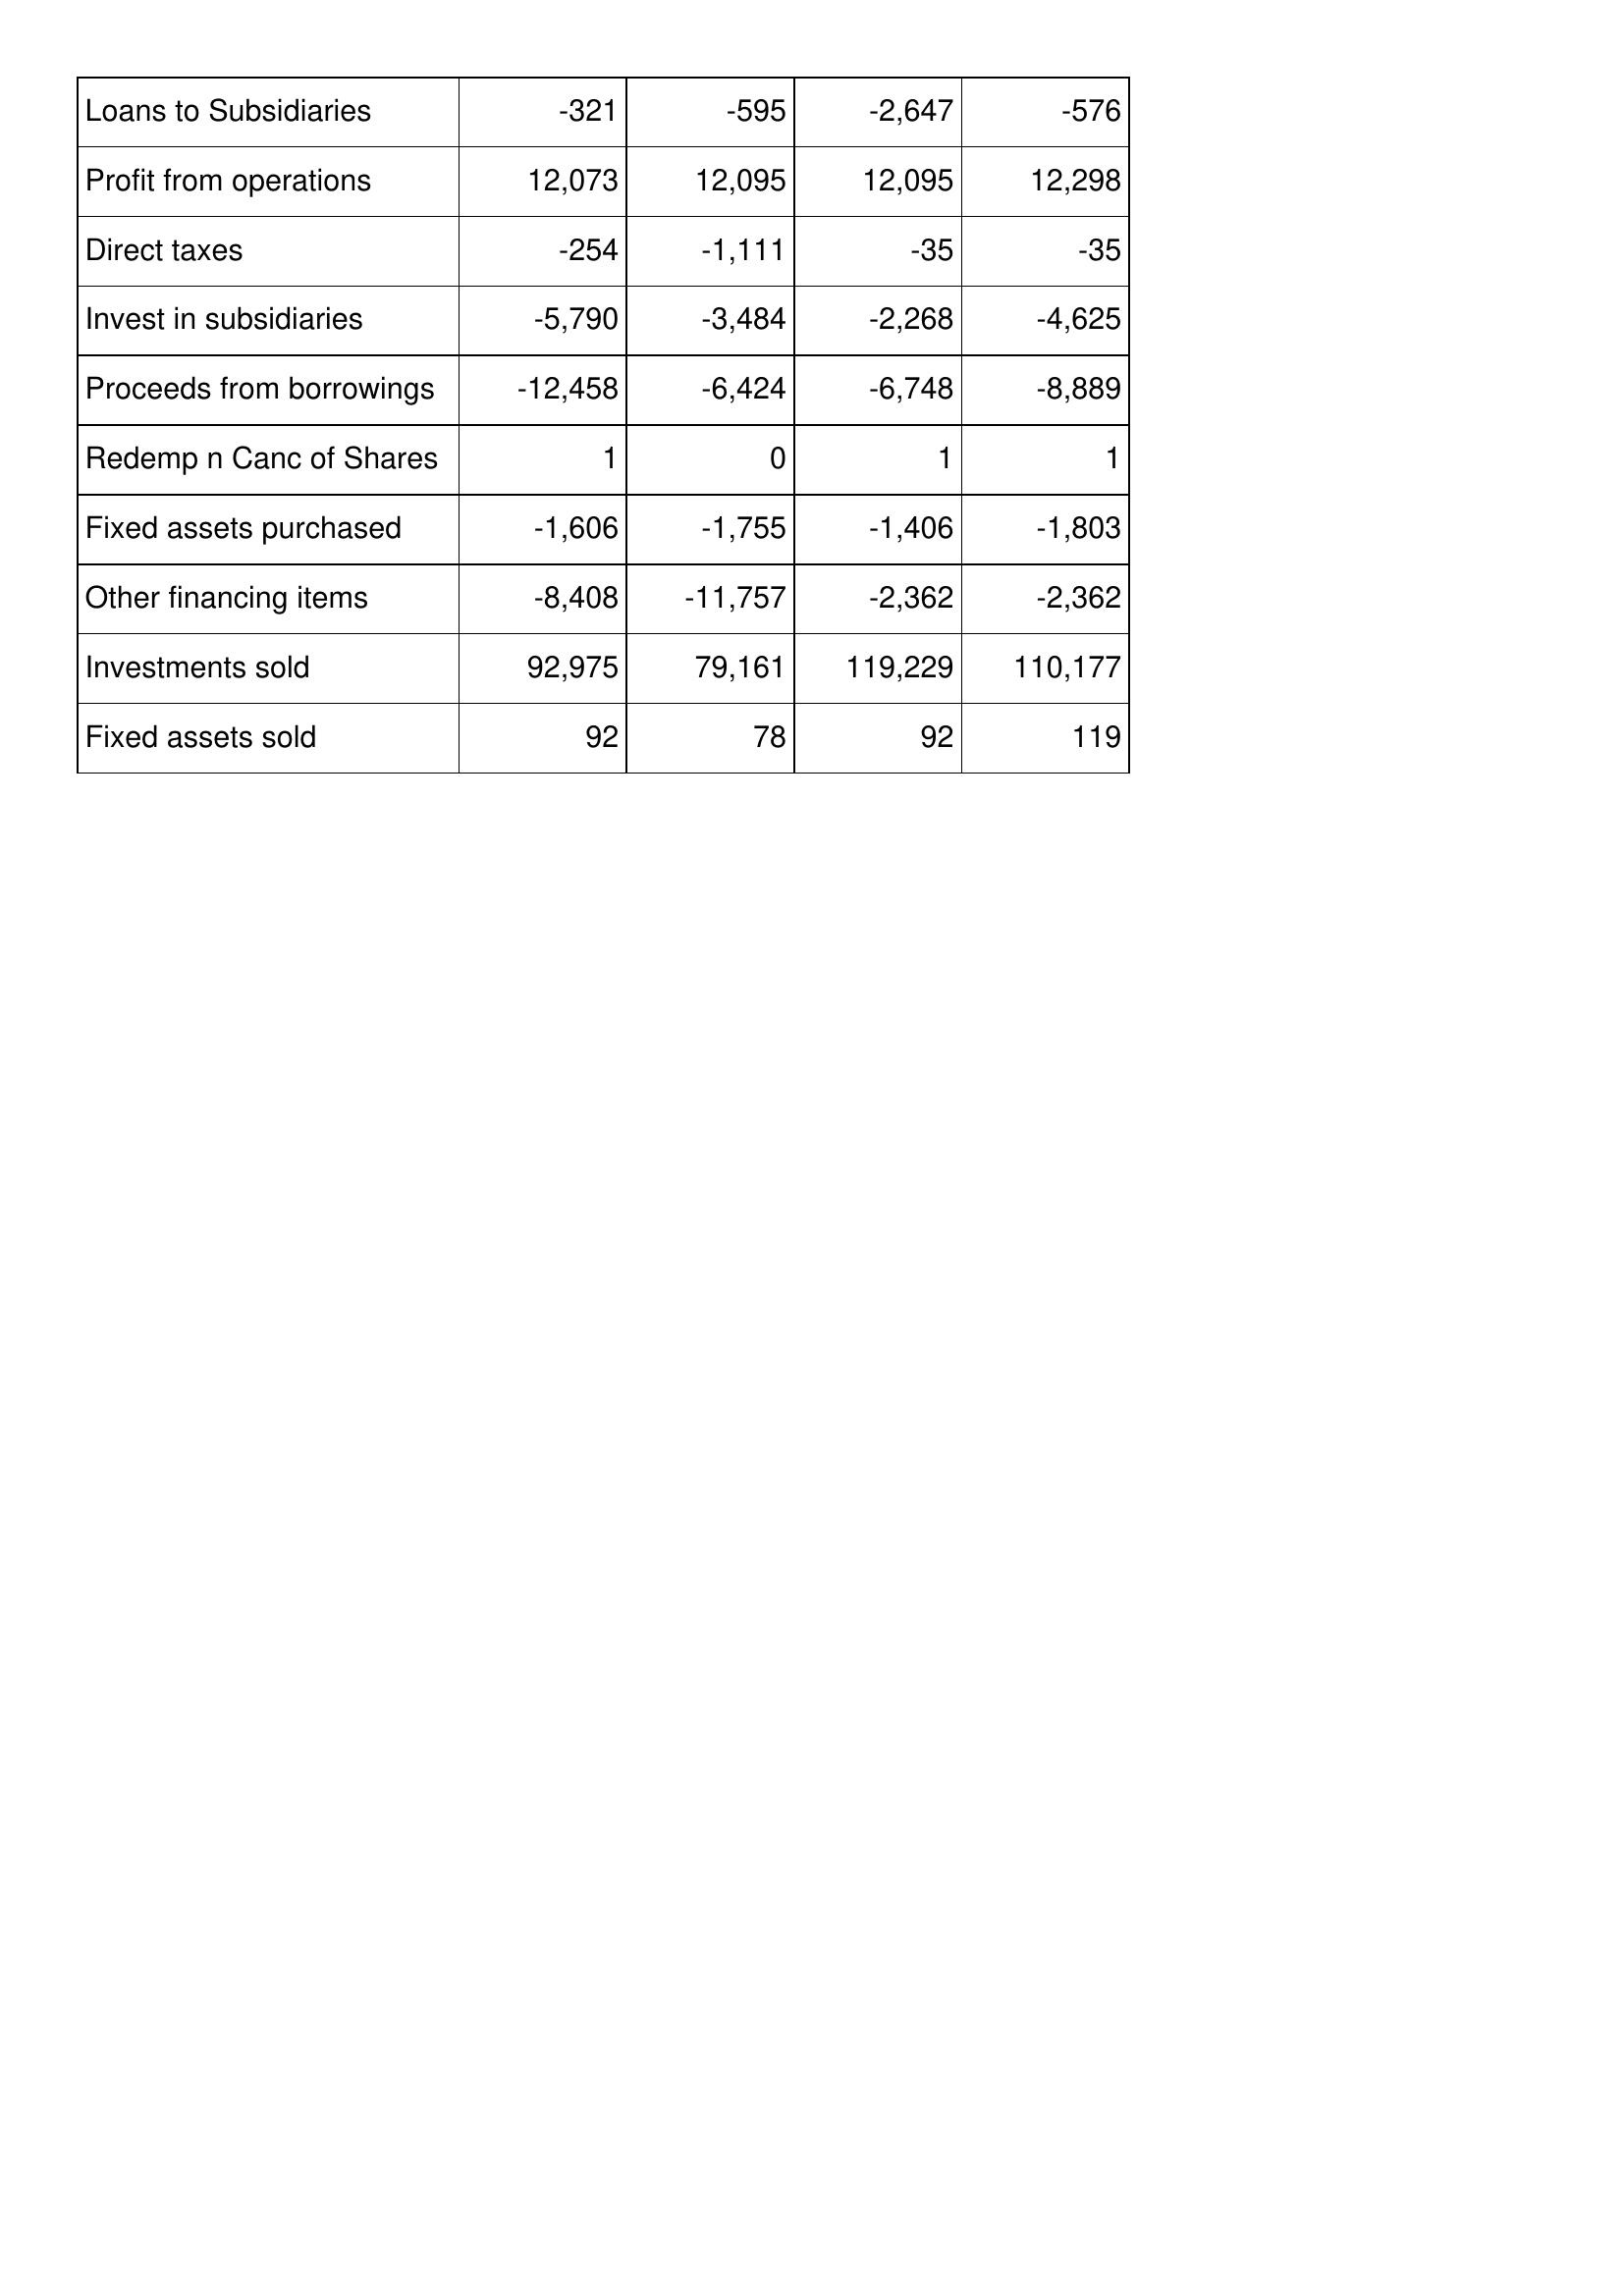
May-94: Cash Flows: Loans to Subsidiaries: -321
Profit from operations: 12,073
Direct taxes: -254
Invest in subsidiaries: -5,790
Proceeds from borrowings: -12,458
Redemp n Canc of Shares: 1
Fixed assets purchased: -1,606
Other financing items: -8,408
Investments sold: 92,975
Fixed assets sold: 92
May-93: Cash Flows: Loans to Subsidiaries: -595
Profit from operations: 12,095
Direct taxes: -1,111
Invest in subsidiaries: -3,484
Proceeds from borrowings: -6,424
Redemp n Canc of Shares: 0
Fixed assets purchased: -1,755
Other financing items: -11,757
Investments sold: 79,161
Fixed assets sold: 78
May-92: Cash Flows: Loans to Subsidiaries: -2,647
Profit from operations: 12,095
Direct taxes: -35
Invest in subsidiaries: -2,268
Proceeds from borrowings: -6,748
Redemp n Canc of Shares: 1
Fixed assets purchased: -1,406
Other financing items: -2,362
Investments sold: 119,229
Fixed assets sold: 92
May-91: Cash Flows: Loans to Subsidiaries: -576
Profit from operations: 12,298
Direct taxes: -35
Invest in subsidiaries: -4,625
Proceeds from borrowings: -8,889
Redemp n Canc of Shares: 1
Fixed assets purchased: -1,803
Other financing items: -2,362
Investments sold: 110,177
Fixed assets sold: 119